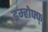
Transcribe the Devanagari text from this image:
इम्होफ्फ्